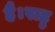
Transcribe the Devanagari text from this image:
है।राहु